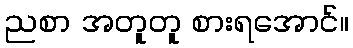
ညစာ အတူတူ စားရအောင်။